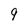
Character: 9